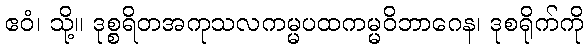
ဧဝံ၊ သို့။ ဒုစ္စရိတအကုသလကမ္မပထကမ္မဝိဘာဂေန၊ ဒုစရိုက်ကို